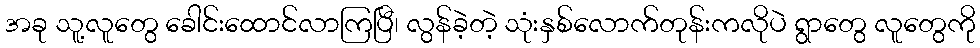
အခု သူ့လူတွေ ခေါင်းထောင်လာကြပြီ၊ လွန်ခဲ့တဲ့ သုံးနှစ်လောက်တုန်းကလိုပဲ ရွာတွေ လူတွေကို